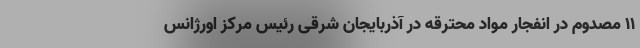
۱۱ مصدوم در انفجار مواد محترقه در آذربایجان شرقی رئیس مرکز اورژانس